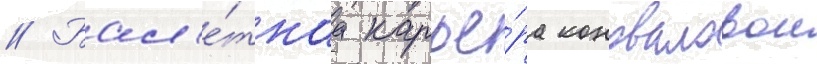
// Бал'е́тнаа карье́ра коноваловои